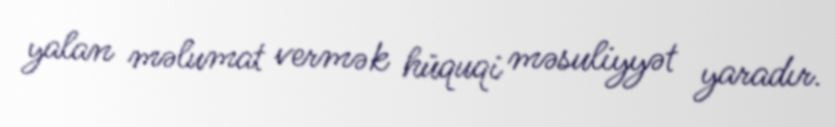
yalan məlumat vermək hüquqi məsuliyyət yaradır.